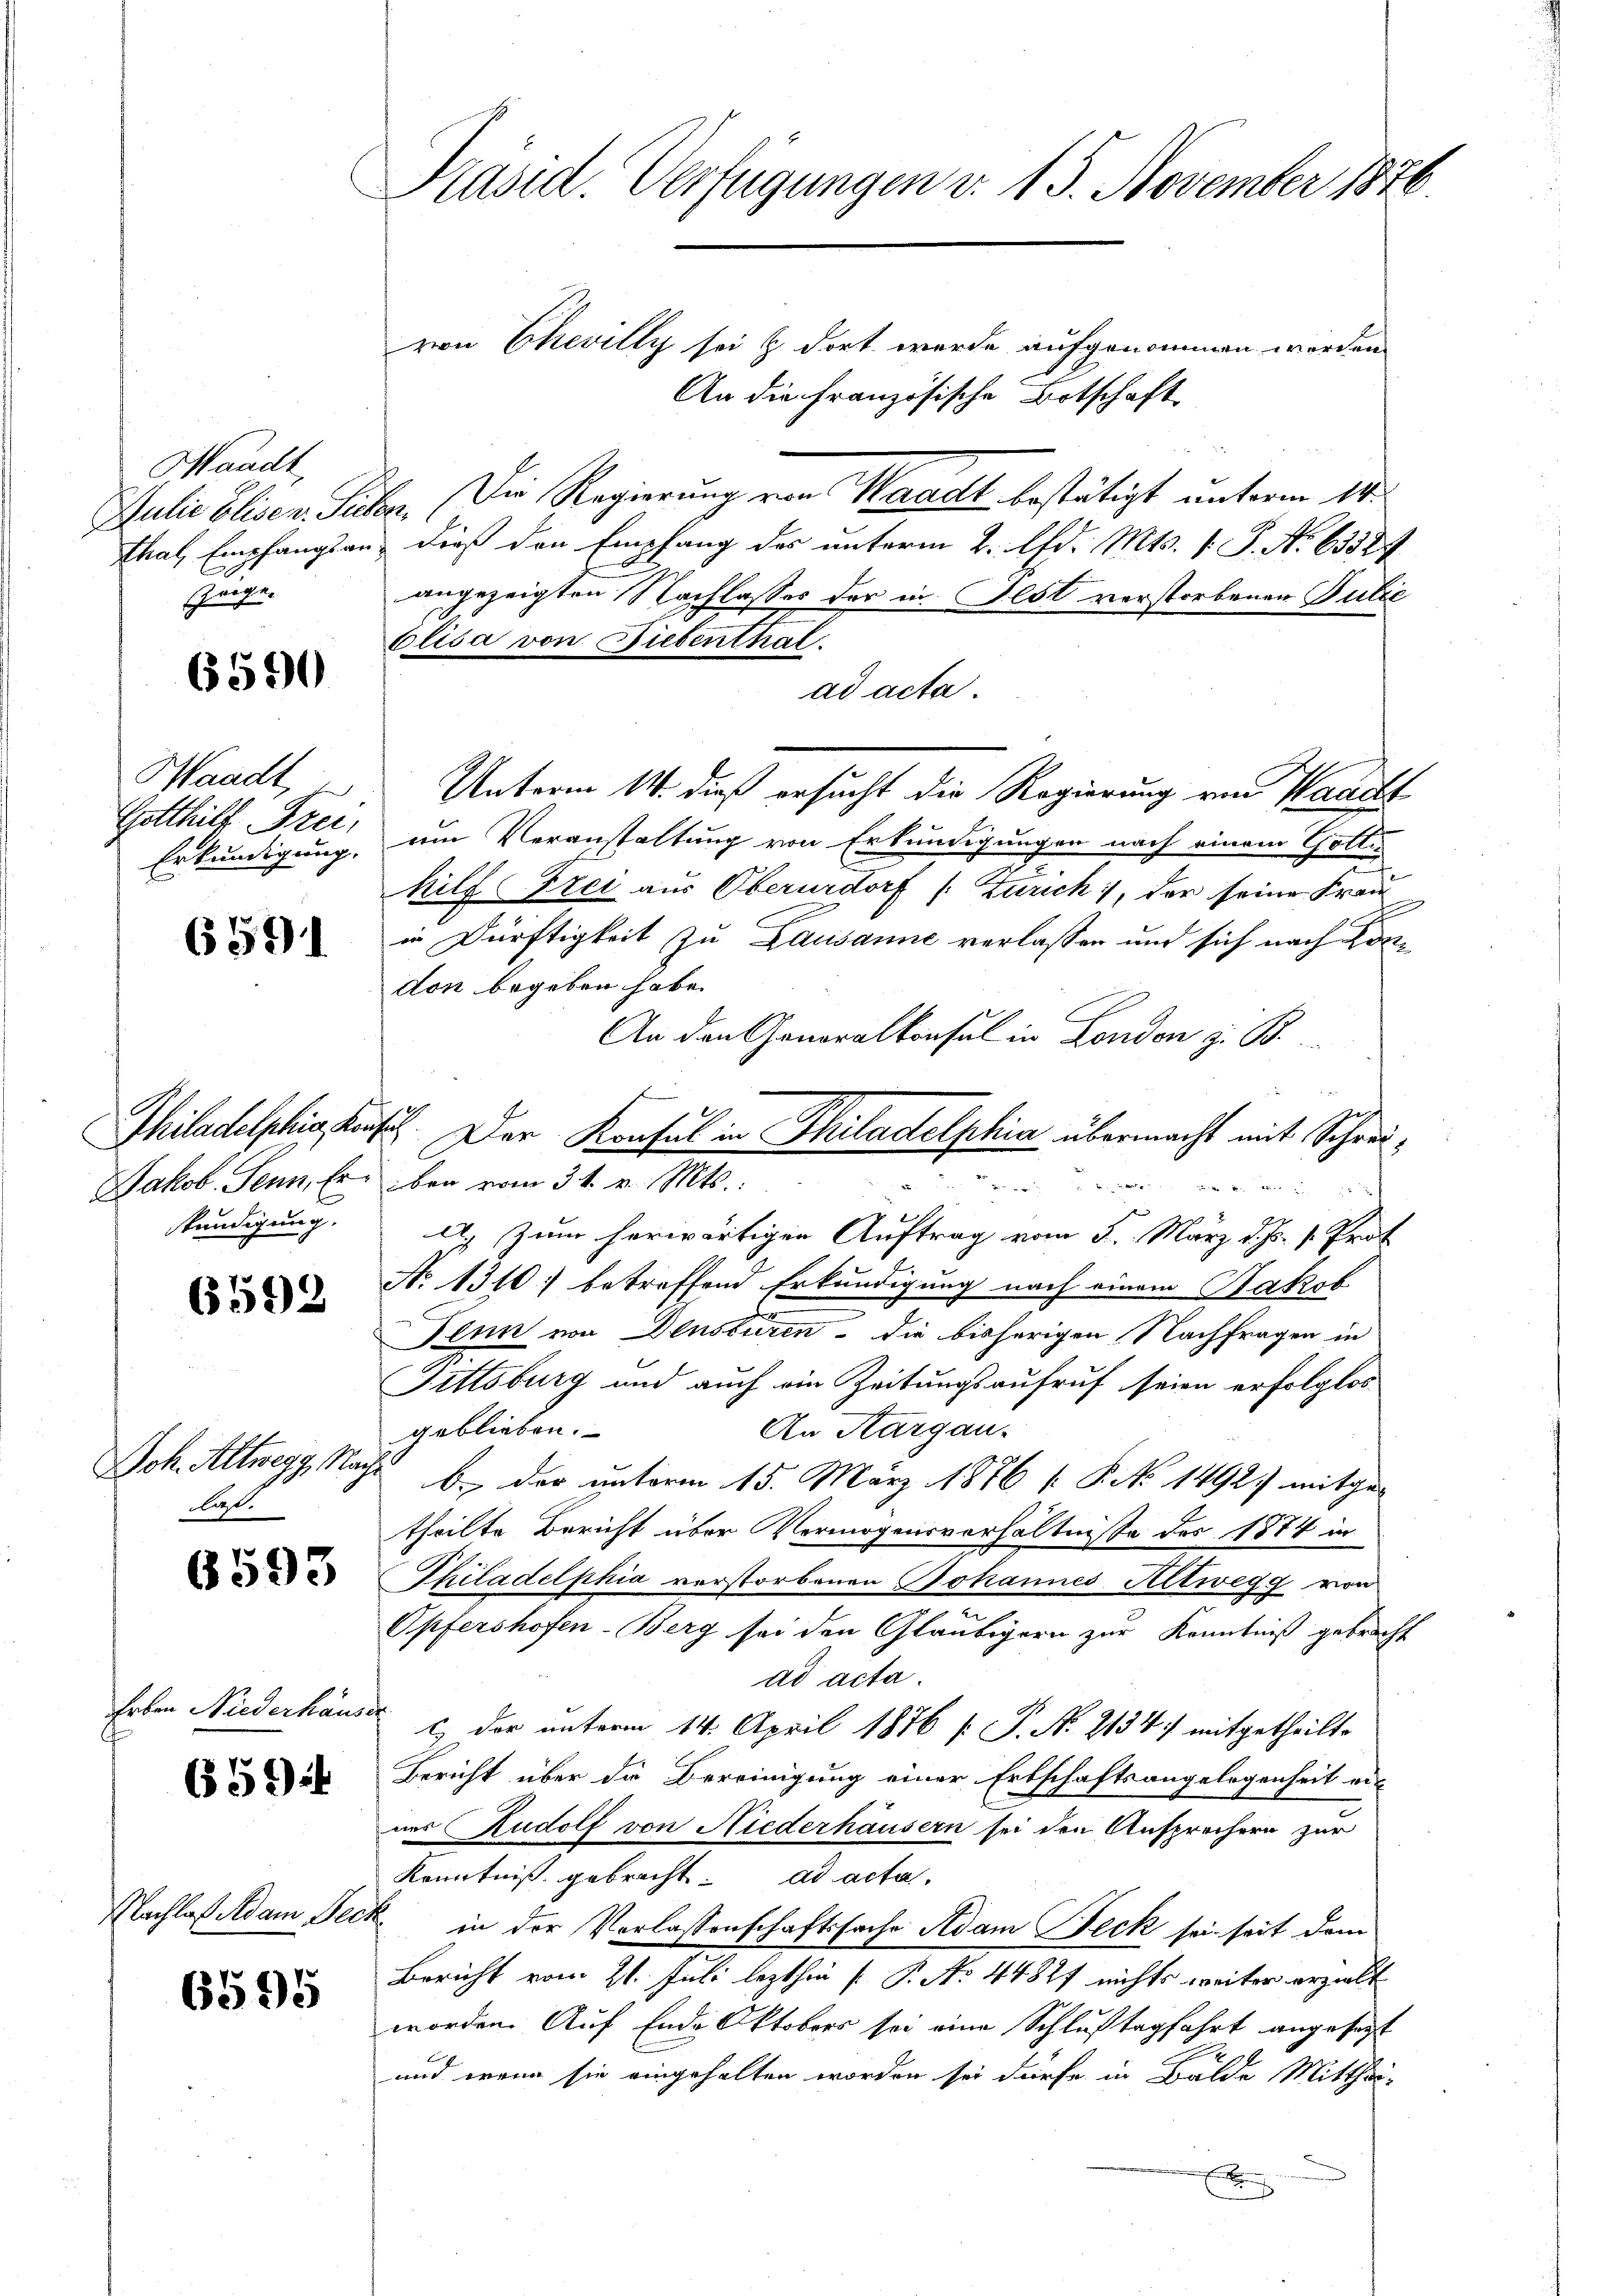
Waadt,
Julie Eliser. Siebe
thal, Empfangsan
Zeige.

6590

Waadt,
Gotthilf Frei,
Erkundigung.

6591

Jakob Senn, Er
stündigung.

6592

Joh. Altwegg, Nach
laß.

6593

Erben Niederhäuse

6594

Nachlaß Adam Jecn

6595

Präsid. Verfügungen v. 15. November 1876

von Chevilly sei & dort werde aufgenommen worden.
An die Französische Botschaft
In. Die Regierung von Waadt bestätigt unterm 14.
dieß den Empfang des unterm 2. Ad. Mts. 1. P. Nr. 63324
angezeigten Nachlasses der in Ist verstorbenen Pulić
Olisa von Diebenthal.
ad acta
Unterm 14. dieß ersucht die Regierung von Waackt
um Veranstaltung von Erkundigungen nach einem Gottin
hilf Frei aus Oberurdorf (Zürich 1, der seine Frau
in Dürftigkeit zu Lausanne verlassen und sich nach de
don begeben habe.
An den Generalkonsul in Landen z. B.
iben vom 31. v. Mts.:
  Berg in hielten eine der
97
A. Zum herwärtigen Auftrag vom 5. März d. Js. v. Prof.
No 1310 betreffend Erkundigung nach einem Jakob
Penn von Densburen - die bisherigen Nachfragen in
Fittsburg und auch ein Zeitungsaufruf seien erfolglos
An Aargau.
geblieben.
b. der unterm 15. März 1876 [P. No 1492) mitge-
theilte Bericht über Vermögensverhältnisse des 1874 in
Philadelphia verstorbenen Johannes Altwegg von
Opfershofen-Berg sei den Gläubigern zur Kenntniß gebracht
ad acta.
.
c, der unterm 14. April 1876 f. P. Nr. 2134) mitgetheilt.
Bericht über die Bereinigung einer Erbschaftsangelegenheit ein
aur Rudolf von Niederhäusern sei den Ansprechern zur
Kenntniß gebracht. ad acta.
k. in der Verlassenschaftssache Adam Jeck sei seit dem
Bericht vom 21. Juli lezthin [P. No 44827 nichts weiter erzielt
worden. Auf Ende Oktobers sei eine Schlußtagfahrt angesagt
und wenn sie eingehalten worden sei dürfe in Bälde Mitthei-
A

Philadelphi Keiset. Der Konsul in Philadelphia übermacht mit Schrei¬